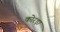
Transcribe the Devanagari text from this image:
कोरड़ा